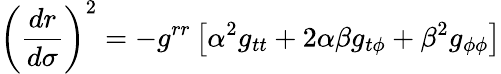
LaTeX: \left(\frac{dr}{d\sigma}\right)^{2}=-g^{rr}\left[\alpha^{2}g_{tt}+2\alpha\beta g_{t\phi}+\beta^{2}g_{\phi\phi}\right]